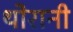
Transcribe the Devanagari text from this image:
थोरानी